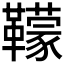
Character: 𩍬